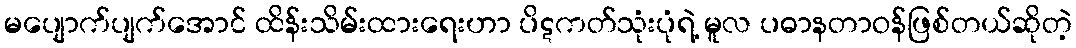
မပျောက်ပျက်အောင် ထိန်းသိမ်းထားရေးဟာ ပိဋကတ်သုံးပုံရဲ့ မူလ ပဓာနတာဝန်ဖြစ်တယ်ဆိုတဲ့